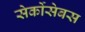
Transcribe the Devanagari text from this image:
सेर्कोसेबस